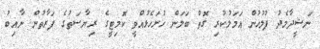
ނަޝީދާމެދު ފުުލުހުން އަމަލުކުރި ގޮތް ބަލަން ހުށަހެޅުއްވީ ކޮމިޓީގެ ރިޔާސަތުގެ ފަރާތުން ނާއިބު